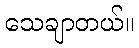
သေချာတယ်။